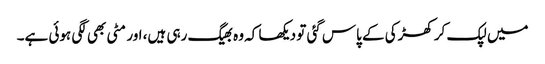
میں‌ لپک کر کھڑکی کے پاس گئی تو دیکھا کہ وہ بھیگ رہی ہیں، اور مٹی بھی لگی ہوئی ہے۔